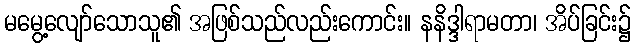
မမွေ့လျော်သောသူ၏ အဖြစ်သည်လည်းကောင်း။ နနိဒ္ဒါရာမတာ၊ အိပ်ခြင်း၌